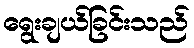
ရွေးချယ်ခြင်းသည်